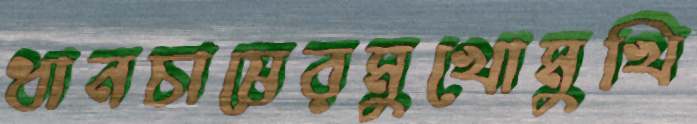
ধানচাষেরমুখোমুখি